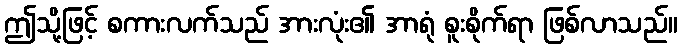
ဤသို့ဖြင့် စကားလက်သည် အားလုံး၏ အာရုံ စူးစိုက်ရာ ဖြစ်လာသည်။